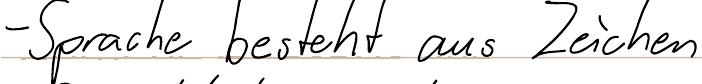
- Sprache besteht aus Zeichen